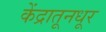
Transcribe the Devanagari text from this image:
केंद्रातूनधूर